Indian journal of veterinary science and animal husbandry - Volume 11,
Year: 1941
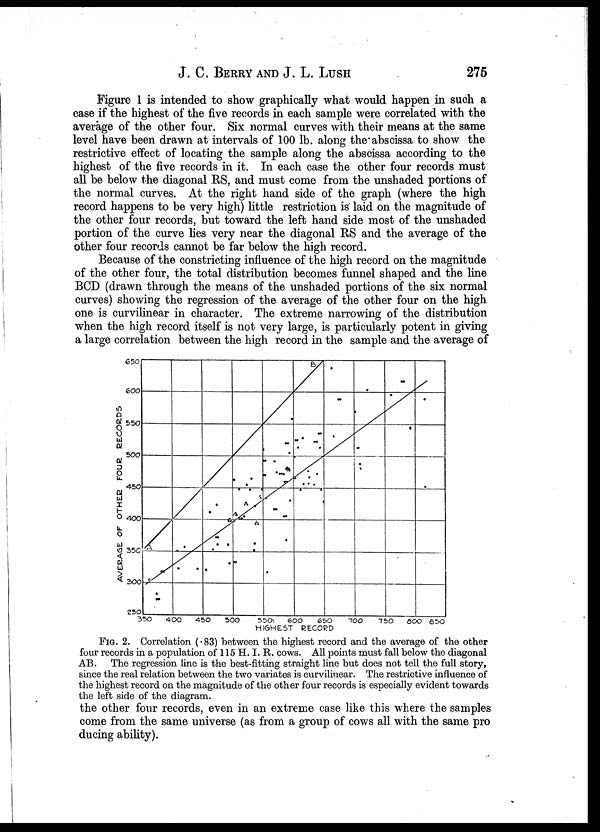
J. C. BERRY AND J. L. LUSH 275
Figure 1 is intended to show graphically what would happen in such a
case if the highest of the five records in each sample were correlated with the
average of the other four. Six normal curves with their means at the same
level have been drawn at intervals of 100 lb. along the abscissa to show the
restrictive effect of locating the sample along the abscissa according to the
highest of the five records in it. In each case the other four records must
all be below the diagonal RS, and must come from the unshaded portions of
the normal curves. At the right hand side of the graph (where the high
record happens to be very high) little restriction is laid on the magnitude of
the other four records, but toward the left hand side most of the unshaded
portion of the curve lies very near the diagonal RS and the average of the
other four records cannot be far below the high record.
Because of the constricting influence of the high record on the magnitude
of the other four, the total distribution becomes funnel shaped and the line
BCD (drawn through the means of the unshaded portions of the six normal
curves) showing the regression of the average of the other four on the high
one is curvilinear in character. The extreme narrowing of the distribution
when the high record itself is not very large, is particularly potent in giving
a large correlation between the high record in the sample and the average of
FIG. 2. Correlation (. 83) between the highest record and the average of the other
four records in a population of 115 H. I. R. cows. All points must fall below the diagonal
AB. The regression line is the best-fitting straight line but does not tell the full story,
since the real relation between the two variates is curvilinear. The restrictive influence of
the highest record on the magnitude of the other four records is especially evident towards
the left side of the diagram.
the other four records, even in an extreme case like this where the samples
come from the same universe (as from a group of cows all with the same pro
ducing ability).